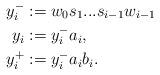
LaTeX: \begin{align*} y _{i} ^{-} &:= w _{0} s _{1} ... s _{i-1} w _{i-1} \\ y _{i} &:= y _{i} ^{-} a _{i}, \\ y ^{+} _{i} &:= y _{i} ^{-} a _{i} b _{i} .\end{align*}